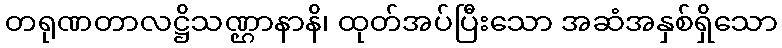
တရုဏတာလဋ္ဌိသဏ္ဌာနာနိ၊ ထုတ်အပ်ပြီးသော အဆံအနှစ်ရှိသော